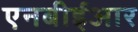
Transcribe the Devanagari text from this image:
एनबीईआर